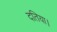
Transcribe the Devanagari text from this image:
दतिया।